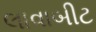
લાવાબીટ